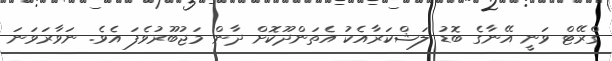
ގްރޭޓް ވަނީ އޭނާގެ ބޮޑު ލަޝްކަރާއެކު އެތަންދޫކޮށް ދާން މަޖުބޫރުވެފަ އެވެ. ނަވާރަވަނަ